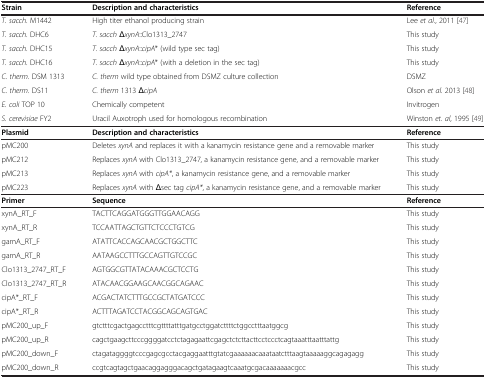
| Strain | Description and characteristics | Reference |
 | --- | --- | --- |
 | T. sacch. M1442 | High titer ethanol producing strain | Lee et al., 2011 [47] |
 | T. sacch. DHC6 | T. sacch ΔxynA::Clo1313_2747 | This study |
 | T. sacch. DHC15 | T. sacch ΔxynA::cipA* (wild type sec tag) | This study |
 | T. sacch. DHC16 | T. sacch ΔxynA::cipA* (with a deletion in the sec tag) | This study |
 | C. therm. DSM 1313 | C. therm wild type obtained from DSMZ culture collection | DSMZ |
 | C. therm. DS11 | C. therm 1313 ΔcipA | Olson et al. 2013 [48] |
 | E. coli TOP 10 | Chemically competent | Invitrogen |
 | S. cerevisiae FY2 | Uracil Auxotroph used for homologous recombination | Winston et. al, 1995 [49] |
 | Plasmid | Description and characteristics | Reference |
 | pMC200 | Deletes xynA and replaces it with a kanamycin resistance gene and a removable marker | This study |
 | pMC212 | Replaces xynA with Clo1313_2747, a kanamycin resistance gene, and a removable marker | This study |
 | pMC213 | Replaces xynA with cipA*, a kanamycin resistance gene, and a removable marker | This study |
 | pMC223 | Replaces xynA with Δsec tag cipA*, a kanamycin resistance gene, and a removable marker | This study |
 | Primer | Sequence | Reference |
 | xynA_RT_F | TACTTCAGGATGGGTTGGAACAGG | This study |
 | xynA_RT_R | TCCAATTAGCTGTTCTCCCTGTCG | This study |
 | gamA_RT_F | ATATTCACCAGCAACGCTGGCTTC | This study |
 | gamA_RT_R | AATAAGCCTTTGCCAGTTGTCCGC | This study |
 | Clo1313_2747_RT_F | AGTGGCGTTATACAAACGCTCCTG | This study |
 | Clo1313_2747_RT_R | ATACAACGGAAGCAACGGCAGAAC | This study |
 | cipA*_RT_F | ACGACTATCTTTGCCGCTATGATCCC | This study |
 | cipA*_RT_R | ACTTTAGATCCTACGGCAGCAGTGAC | This study |
 | pMC200_up_F | gtctttcgactgagcctttcgttttatttgatgcctggatcttttctggcctttaatggcg | This study |
 | pMC200_up_R | cagctgaagcttcccggggatcctctagagaattcgagctctcttacttcctccctcagtaaatttaatttattg | This study |
 | pMC200_down_F | ctagataggggtcccgagcgcctacgaggaatttgtatcgaaaaaacaaataatctttaagtaaaaaggcagagagg | This study |
 | pMC200_down_R | ccgtcagtagctgaacaggagggacagctgatagaagtcaaatgcgacaaaaaaacgcc | This study |